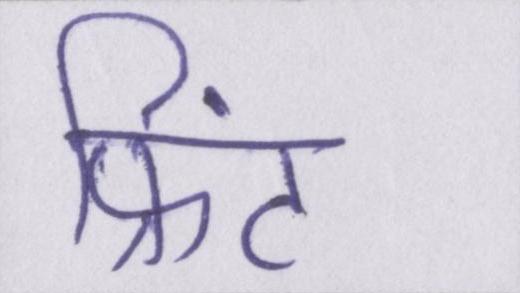
प्रिंट